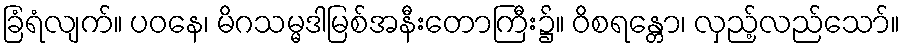
ခြံရံလျက်။ ပဝနေ၊ မိဂသမ္မဒါမြစ်အနီးတောကြီး၌။ ဝိစရန္တော၊ လှည့်လည်သော်။